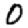
Digit: 0